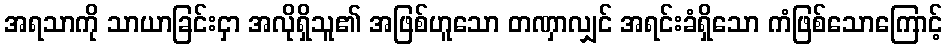
အရသာကို သာယာခြင်းငှာ အလိုရှိသူ၏ အဖြစ်ဟူသော တဏှာလျှင် အရင်းခံရှိသော ကံဖြစ်သောကြောင့်